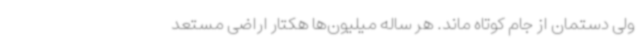
ولی دستمان از جام کوتاه ماند. هر ساله میلیون‌ها هکتار اراضی مستعد